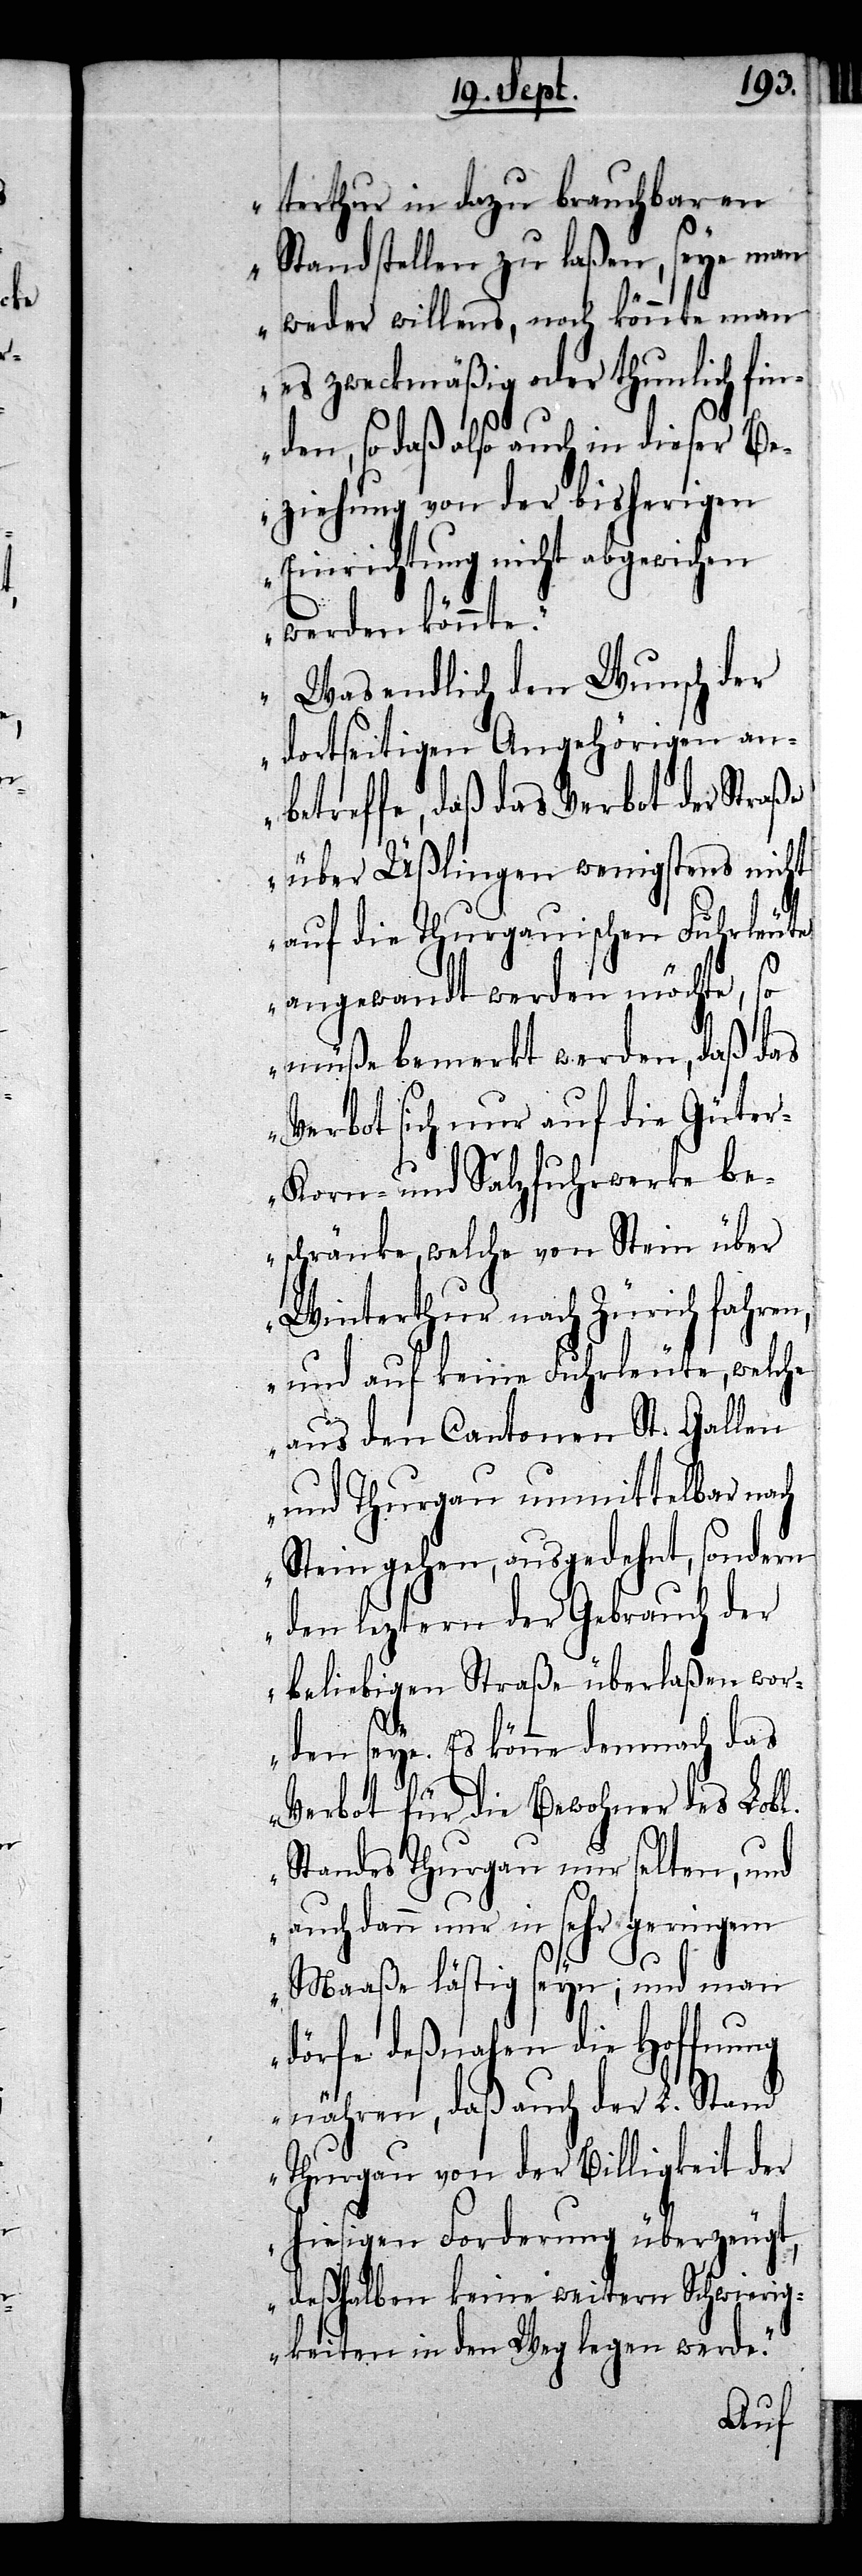
a¬

terthur in dazu brauchbaren
Stand stellen zu laßen, seye man
weder willens, noch könnte man
es zweckmäßig oder thunlich fin¬
den, so daß also auch in dieser Be¬
ziehung von der bisherigen
Einrichtung nicht abgewichen
werden könnte.
Was endlich den Wunsch der
dortseitigen Angehörigen an¬
betreffe, daß das Verbot der Straße
über Üßlingen wenigstens nicht
auf die Thurgauischen Fuhrleute
angewandt werden möchte, so
müße bemerkt werden, daß das
Verbot sich nur auf die Güter-
Korn- und Salzfuhrwerke be¬
schränke, welche von Stein über
Winterthur nach Zürich fahren,
und auf keine Fuhrleute, welche
aus den Cantonen St. Gallen
und Thurgau unmittelbar nach
Stein gehen, ausgedehnt, sondern
den leztern der Gebrauch der
beliebigen Straße überlaßen wor¬
den seye. Es könne demnach das
Verbot für die Bewohner des Lobl.
Standes Thurgau nur selten, und
uch dann nur in sehr geringem
Maaße lästig seyn; und man
dörfe deßnahen die Hoffnung
nähren, daß auch der L. Stand
Thurgau von der Billigkeit der
hiesigen Forderung überzeugt,
deßhalben keine weitern Schwierig¬
keiten in den Weg legen werde.“